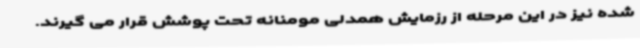
شده نیز در این مرحله از رزمایش همدلی مومنانه تحت پوشش قرار می گیرند.